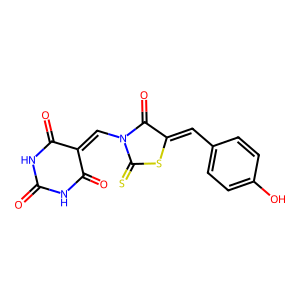
SMILES: O=C1NC(=O)C(=CN2C(=O)C(=Cc3ccc(O)cc3)SC2=S)C(=O)N1
Inhibits HIV replication: No